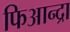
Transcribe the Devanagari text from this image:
फिआन्द्रा